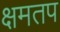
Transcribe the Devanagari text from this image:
क्षमतप